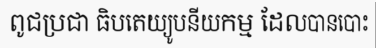
ពូជប្រជា ធិបតេយ្យូបនីយកម្ម ដែលបានបោះ